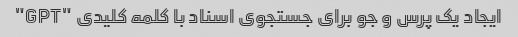
ایجاد یک پرس و جو برای جستجوی اسناد با کلمه کلیدی "GPT"